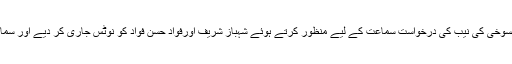
سپریم کورٹ نے ضمانت منسوخی کی نیب کی درخواست سماعت کے لیے منظور کرتے ہوئے شہباز شریف اورفواد حسن فواد کو نوٹس جاری کر دیے اور سماعت 2مئی تک ملتوی کردی۔